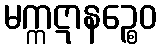
မက္ကဋာနဉ္စေဝ